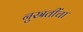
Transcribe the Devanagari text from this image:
नुस्रतींचा